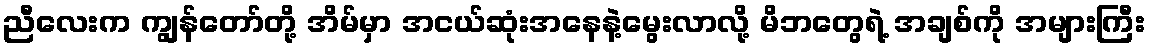
ညီလေးက ကျွန်တော်တို့ အိမ်မှာ အငယ်ဆုံးအနေနဲ့မွေးလာလို့ မိဘတွေရဲ့ အချစ်ကို အများကြီး